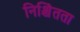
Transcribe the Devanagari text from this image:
निश्चिंतता